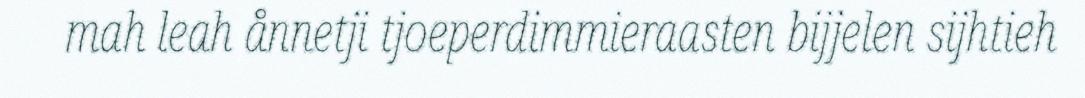
mah leah ånnetji tjoeperdimmieraasten bijjelen sijhtieh